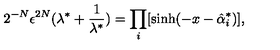
2 ^ { - N } \epsilon ^ { 2 N } ( \lambda ^ { * } + \frac { 1 } { \lambda ^ { * } } ) = \prod _ { i } [ \sinh ( - x - \hat { \alpha } _ { i } ^ { * } ) ] ,